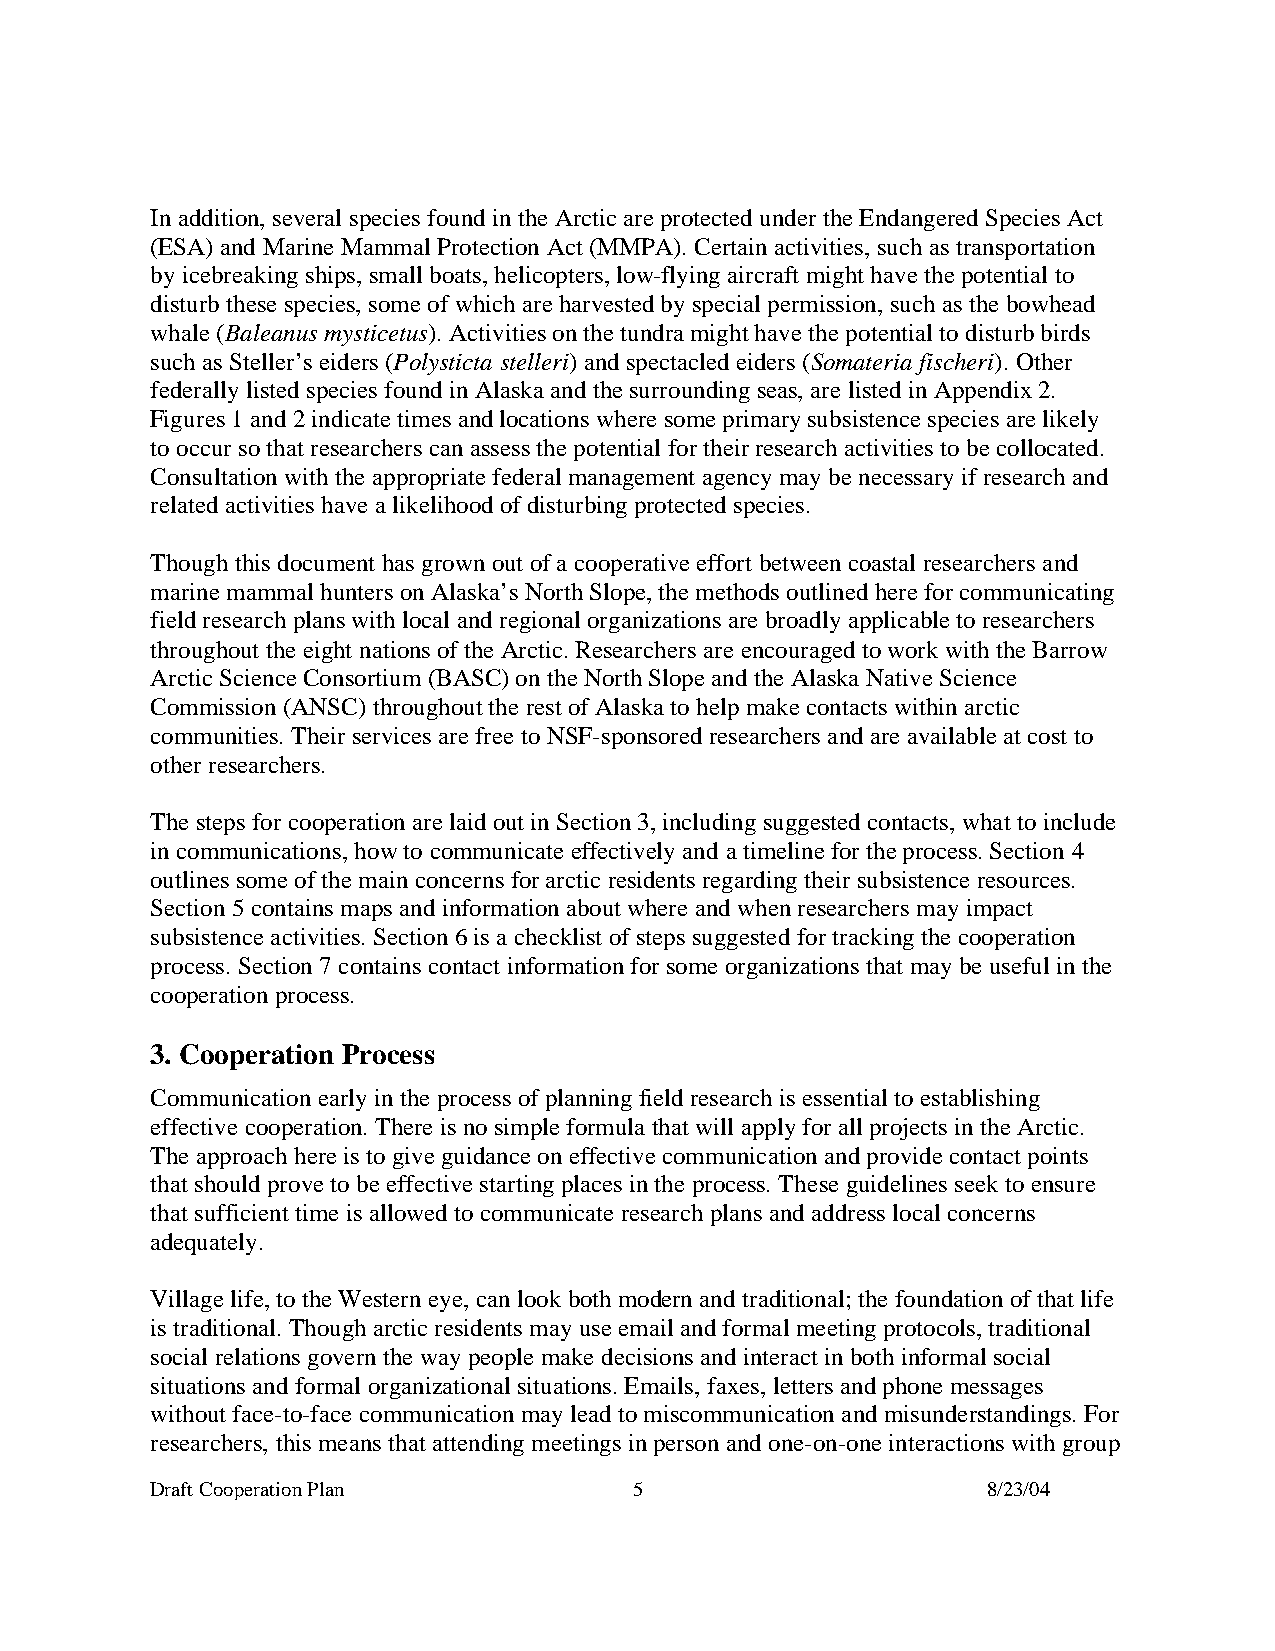
In addition, several species found in the Arctic are protected under the Endangered Species Act
 (ESA) and Marine Mammal Protection Act (MMPA). Certain activities, such as transportation
 by icebreaking ships, small boats, helicopters, low-flying aircraft might have the potential to
 disturb these species, some of which are harvested by special permission, such as the bowhead
 whale (Baleanus mysticetus). Activities on the tundra might have the potential to disturb birds
 such as Steller’s eiders (Polysticta stelleri) and spectacled eiders (Somateria fischeri). Other
 federally listed species found in Alaska and the surrounding seas, are listed in Appendix 2.
 Figures 1 and 2 indicate times and locations where some primary subsistence species are likely
 to occur so that researchers can assess the potential for their research activities to be collocated.
 Consultation with the appropriate federal management agency may be necessary if research and
 related activities have a likelihood of disturbing protected species.
 Though this document has grown out of a cooperative effort between coastal researchers and
 marine mammal hunters on Alaska’s North Slope, the methods outlined here for communicating
 field research plans with local and regional organizations are broadly applicable to researchers
 throughout the eight nations of the Arctic. Researchers are encouraged to work with the Barrow
 Arctic Science Consortium (BASC) on the North Slope and the Alaska Native Science
 Commission (ANSC) throughout the rest of Alaska to help make contacts within arctic
 communities. Their services are free to NSF-sponsored researchers and are available at cost to
 other researchers.
 The steps for cooperation are laid out in Section 3, including suggested contacts, what to include
 in communications, how to communicate effectively and a timeline for the process. Section 4
 outlines some of the main concerns for arctic residents regarding their subsistence resources.
 Section 5 contains maps and information about where and when researchers may impact
 subsistence activities. Section 6 is a checklist of steps suggested for tracking the cooperation
 process. Section 7 contains contact information for some organizations that may be useful in the
 cooperation process.
 3. Cooperation Process
 Communication early in the process of planning field research is essential to establishing
 effective cooperation. There is no simple formula that will apply for all projects in the Arctic.
 The approach here is to give guidance on effective communication and provide contact points
 that should prove to be effective starting places in the process. These guidelines seek to ensure
 that sufficient time is allowed to communicate research plans and address local concerns
 adequately.
 Village life, to the Western eye, can look both modern and traditional; the foundation of that life
 is traditional. Though arctic residents may use email and formal meeting protocols, traditional
 social relations govern the way people make decisions and interact in both informal social
 situations and formal organizational situations. Emails, faxes, letters and phone messages
 without face-to-face communication may lead to miscommunication and misunderstandings. For
 researchers, this means that attending meetings in person and one-on-one interactions with group
 Draft Cooperation Plan          5                      8/23/04